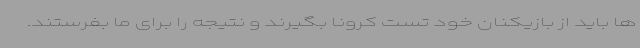
ها باید از بازیکنان خود تست کرونا بگیرند و نتیجه را برای ما بفرستند.